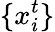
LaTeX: \{ x_{i}^{t}\}